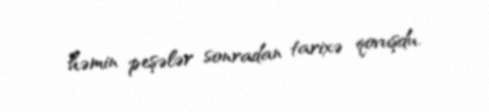
həmin peşələr sonradan tarixə qovuşdu.